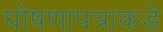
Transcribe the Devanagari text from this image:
घोषणापत्राकडे